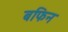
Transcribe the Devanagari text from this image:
बफिन